Madras plague regulations in force outside the Presidency town - Volume 3
Disease focus: Plague
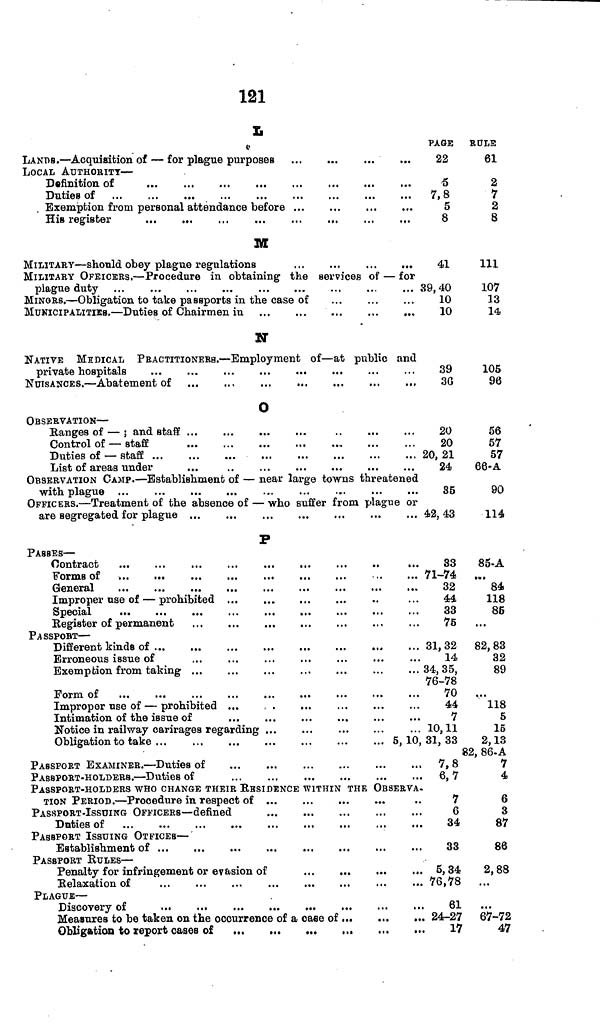
121
L
LANDS. — Acquisition of — for plague purposes
LOCAL AUTHORITY —
Definition of
Duties of
Exemption from personal attendance before
M
MILITARY — should obey plague regulations
...
...
...
...
MILITARY OFEICERS. — Procedure in obtaining the services of — for
plague duty
MINORS. — Obligation to take passports in the case of
MUNICIPALITIES. — Duties of Chairmen in
N
NATIVE MEDICAL PRACTITIONERS. — Employment of — at public and
private hospitals
0
OBSERVATION —
Ranges of — 5 and staff
Control of — staff
Duties of — staff
List of areas under
OBSERVATION CAMP. — Establishment of — near large towns threatened
with plague
OFFICERS. — Treatment of the absence of — who suffer from plague or
are segregated for plague
P
PASSES —
Contract
...
...
...
...
...
...
...
..
...
Forms of ...
...
General
...
...
...
...
...
...
...
...
...
Improper use of — prohibited
Special
Register of permanent
PASSPORT —
Different kinds of ...
...
...
...
...
...
...
Erroneous issue of
Exemption from taking ...
Form of
Improper use of — prohibited ...
,
Intimation of the issue of
Notice in railway carirages regarding ...
Obligation to take ...
5,10,
PASSPORT EXAMINER. — Duties of
,
PASSPORT-HOLDERS. — Duties of
PAGE
22
5
7 0
» 0
5
8
41
39, 40
10
10
39
36
20
20
20, 21
24
35
42, 43
33
71-74
32
44
33
75
31,32
14
34, 35,
76-78
70
44
7
10,11
31, 33
7,8
6,7
RULE
61
2
7
2
8
111
107
13
14
105
96
56
57
57
66-A
90
114
85-A
84
118
85
...
82,83
32
89
...
118
5
15
2,13
82, 86-A
7
4
PASSPORT-HOLDERS WHO CHANGE THEIR RESIDENCE WITHIN THE OBSERVA.
TION PERIOD. — Procedure in respect of
PASSPORT-ISSUING OFFICERS — defined
Duties of ...
...
...
...
PASSPORT ISSUING OTFICES —
Establishment of
PASSPORT RULES —
Penalty for infringement or evasion of
Relaxation of
PLAGUE —
Measures to be taken on the occurrence of a case of
7
6
34
33
5,34
, 76,78
61
. 24-27
17
6
3
87
86
2, 88
...
...
67-72
47